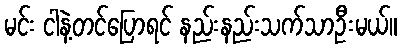
မင်း ငါနဲ့တင်ပြောရင် နည်းနည်းသက်သာဦးမယ်။